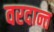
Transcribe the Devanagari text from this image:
वरदान्त